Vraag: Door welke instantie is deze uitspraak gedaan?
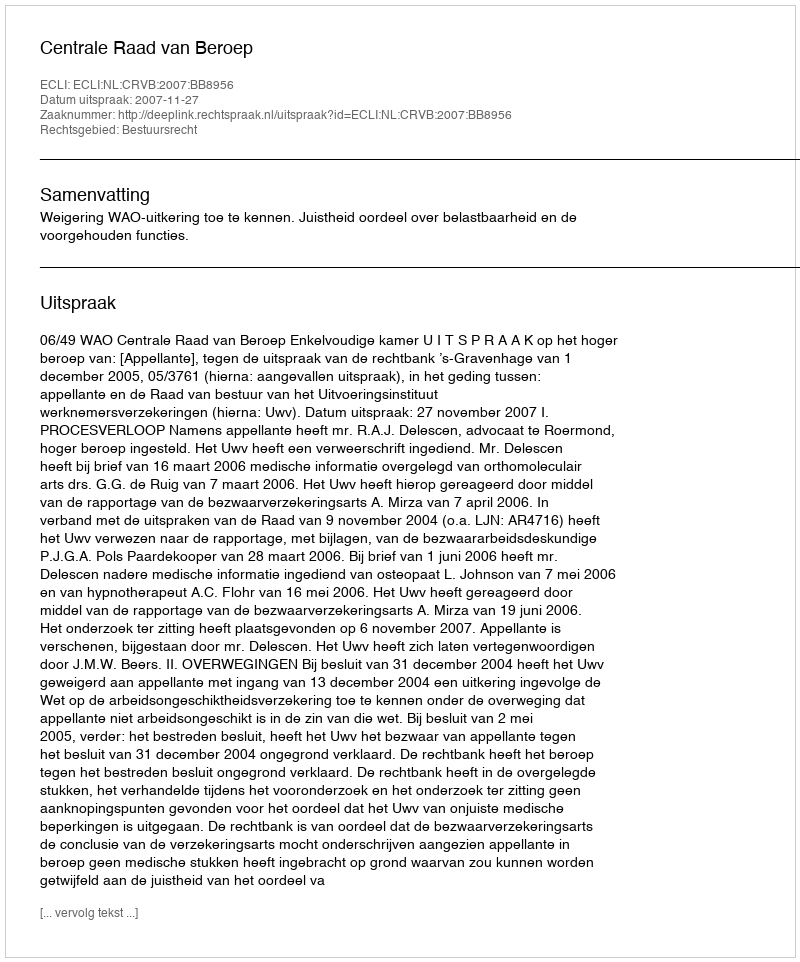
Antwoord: Centrale Raad van Beroep